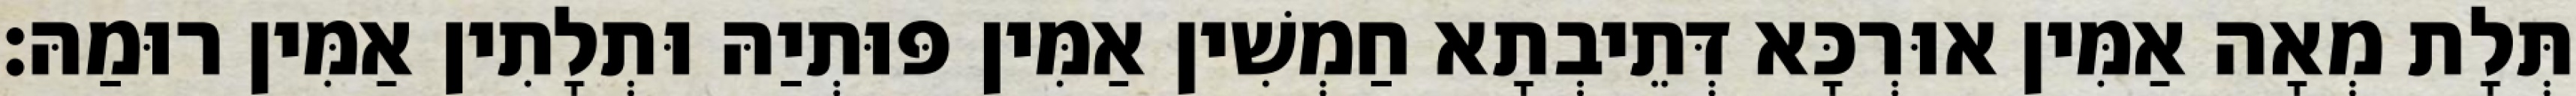
תְּלָת מְאָה אַמִּין אוּרְכָּא דְּתֵיבְתָא חַמְשִׁין אַמִּין פּוּתְיַהּ וּתְלָתִין אַמִּין רוּמַהּ׃